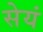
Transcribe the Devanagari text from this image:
सेयं